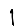
Digit: 1